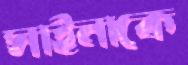
সাইনাকে